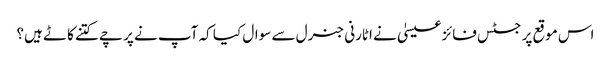
اس موقع پر جسٹس فائزعیسیٰ نے اٹارنی جنرل سے سوال کیا کہ آپ نے پرچے کتنے کاٹے ہیں؟